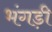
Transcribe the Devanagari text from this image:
भंगड़ी